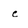
Character: e